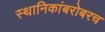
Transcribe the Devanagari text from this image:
स्थानिकांबरोबरच